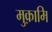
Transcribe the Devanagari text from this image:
मुक़ामि